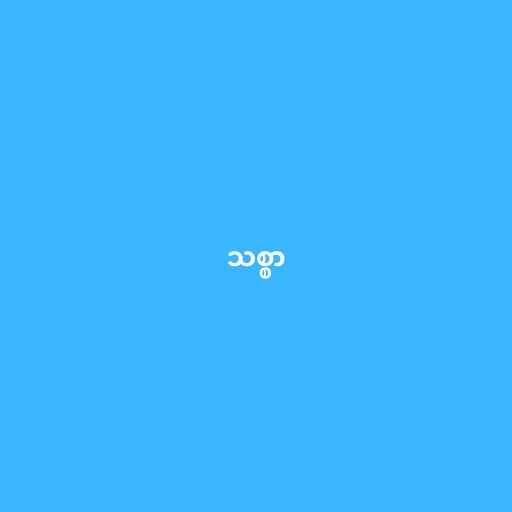
သစ္စာ